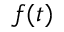
f ( t )